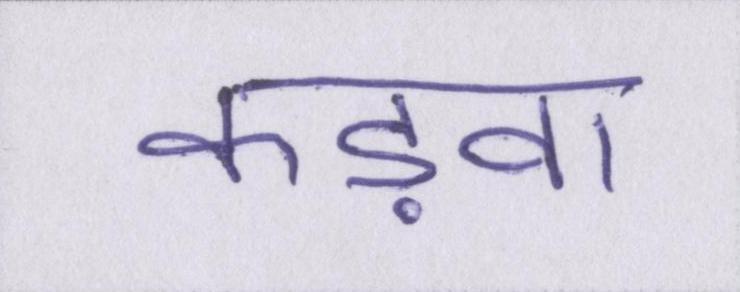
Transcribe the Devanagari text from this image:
कड़वा